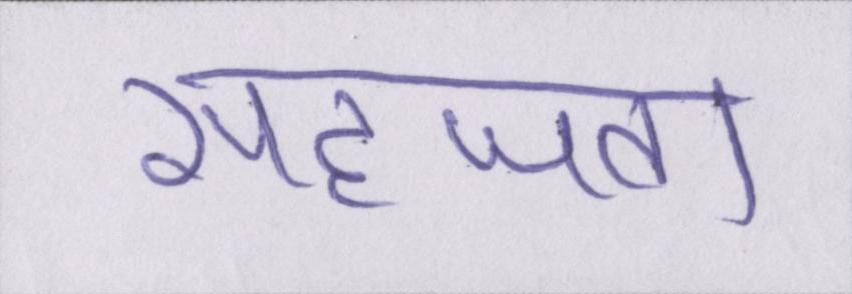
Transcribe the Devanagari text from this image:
सहजता